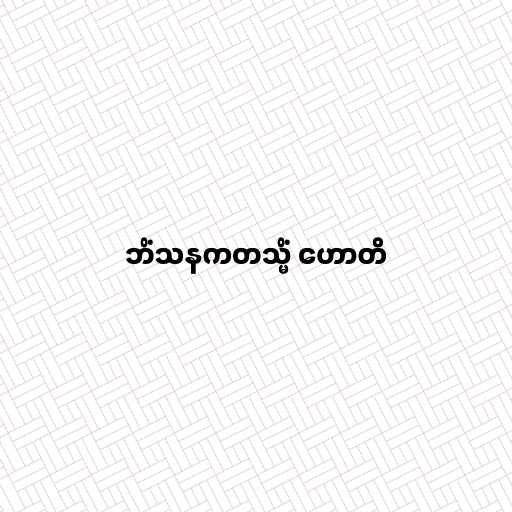
ဘိံသနကတသ္မိံ ဟောတိ